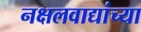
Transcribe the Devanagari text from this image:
नक्षलवाद्यांच्या